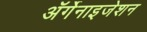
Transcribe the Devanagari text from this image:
ॲर्गेनाइजेशन